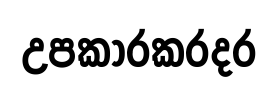
උපකාරකරදර